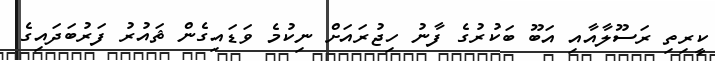
ކީރިތި ރަސޫލާއާއި އަބޫ ބަކުރުގެ ފާނު ހިޖުރައަށް ނިކުމެ ވަޑައިގެން ޘައުރު ފަރުބަދައިގެ